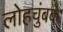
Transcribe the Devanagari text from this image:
लोहचुंबक